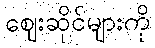
ဈေးဆိုင်များကို